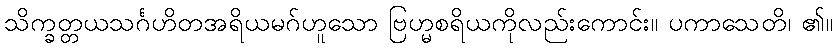
သိက္ခတ္တယသင်္ဂဟိတအရိယမဂ်ဟူသော ဗြဟ္မစရိယကိုလည်းကောင်း။ ပကာသေတိ၊ ၏။